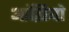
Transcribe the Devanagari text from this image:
आंझियो